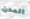
المدن